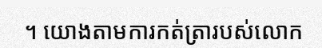
។ យោងតាមការកត់ត្រារបស់លោក